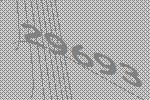
29693